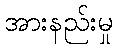
အားနည်းမှု